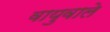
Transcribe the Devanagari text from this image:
वायुवाले